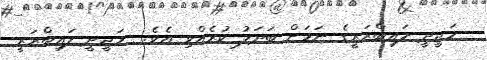
މަޖީދީ ލައިބްރަރީގެ ނަމަށް ބަދަލު ކުރެއްވި އެވެ.  މަޖީދީ ލައިބްރަރީ